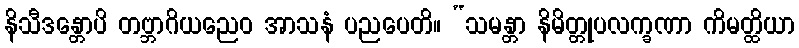
နိသီဒန္တောပိ တဗ္ဘာဂိယညေဝ အာသနံ ပညပေတိ။ “သမန္တာ နိမိတ္တုပလက္ခဏာ ကိမတ္ထိယာ